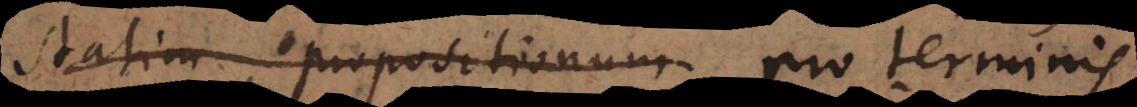
statim propositionum pro terminis